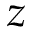
z